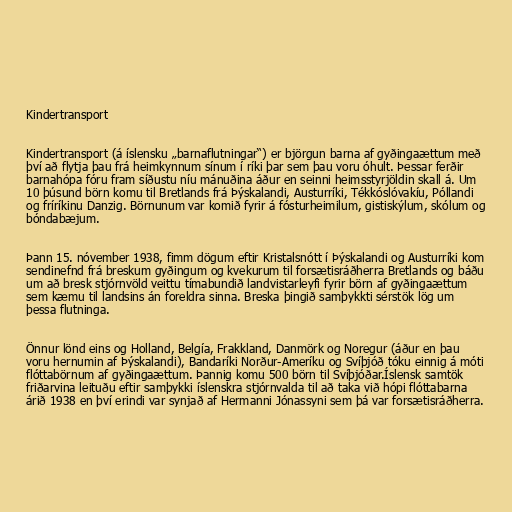
Kindertransport

Kindertransport (á íslensku „barnaflutningar“) er björgun barna af gyðingaættum með
því að flytja þau frá heimkynnum sínum í ríki þar sem þau voru óhult. Þessar ferðir
barnahópa fóru fram síðustu níu mánuðina áður en seinni heimsstyrjöldin skall á. Um
10 þúsund börn komu til Bretlands frá Þýskalandi, Austurríki, Tékkóslóvakíu, Póllandi
og fríríkinu Danzig. Börnunum var komið fyrir á fósturheimilum, gistiskýlum, skólum og
bóndabæjum.

Þann 15. nóvember 1938, fimm dögum eftir Kristalsnótt í Þýskalandi og Austurríki kom
sendinefnd frá breskum gyðingum og kvekurum til forsætisráðherra Bretlands og báðu
um að bresk stjórnvöld veittu tímabundið landvistarleyfi fyrir börn af gyðingaættum
sem kæmu til landsins án foreldra sinna. Breska þingið samþykkti sérstök lög um
þessa flutninga.

Önnur lönd eins og Holland, Belgía, Frakkland, Danmörk og Noregur (áður en þau
voru hernumin af Þýskalandi), Bandaríki Norður-Ameríku og Svíþjóð tóku einnig á móti
flóttabörnum af gyðingaættum. Þannig komu 500 börn til Svíþjóðar.Íslensk samtök
friðarvina leituðu eftir samþykki íslenskra stjórnvalda til að taka við hópi flóttabarna
árið 1938 en því erindi var synjað af Hermanni Jónassyni sem þá var forsætisráðherra.